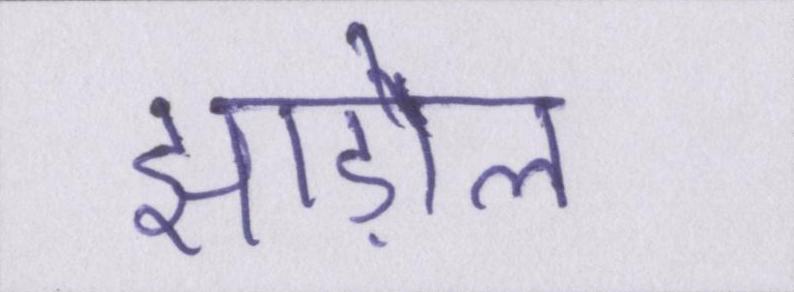
झाड़ोल